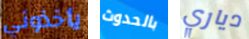
يأخذوني بالحدوث دياري